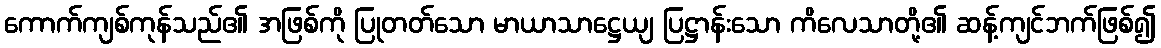
ကောက်ကျစ်ကုန်သည်၏ အဖြစ်ကို ပြုတတ်သော မာယာသာဋ္ဌေယျ ပြဋ္ဌာန်းသော ကိလေသာတို့၏ ဆန့်ကျင်ဘက်ဖြစ်၍